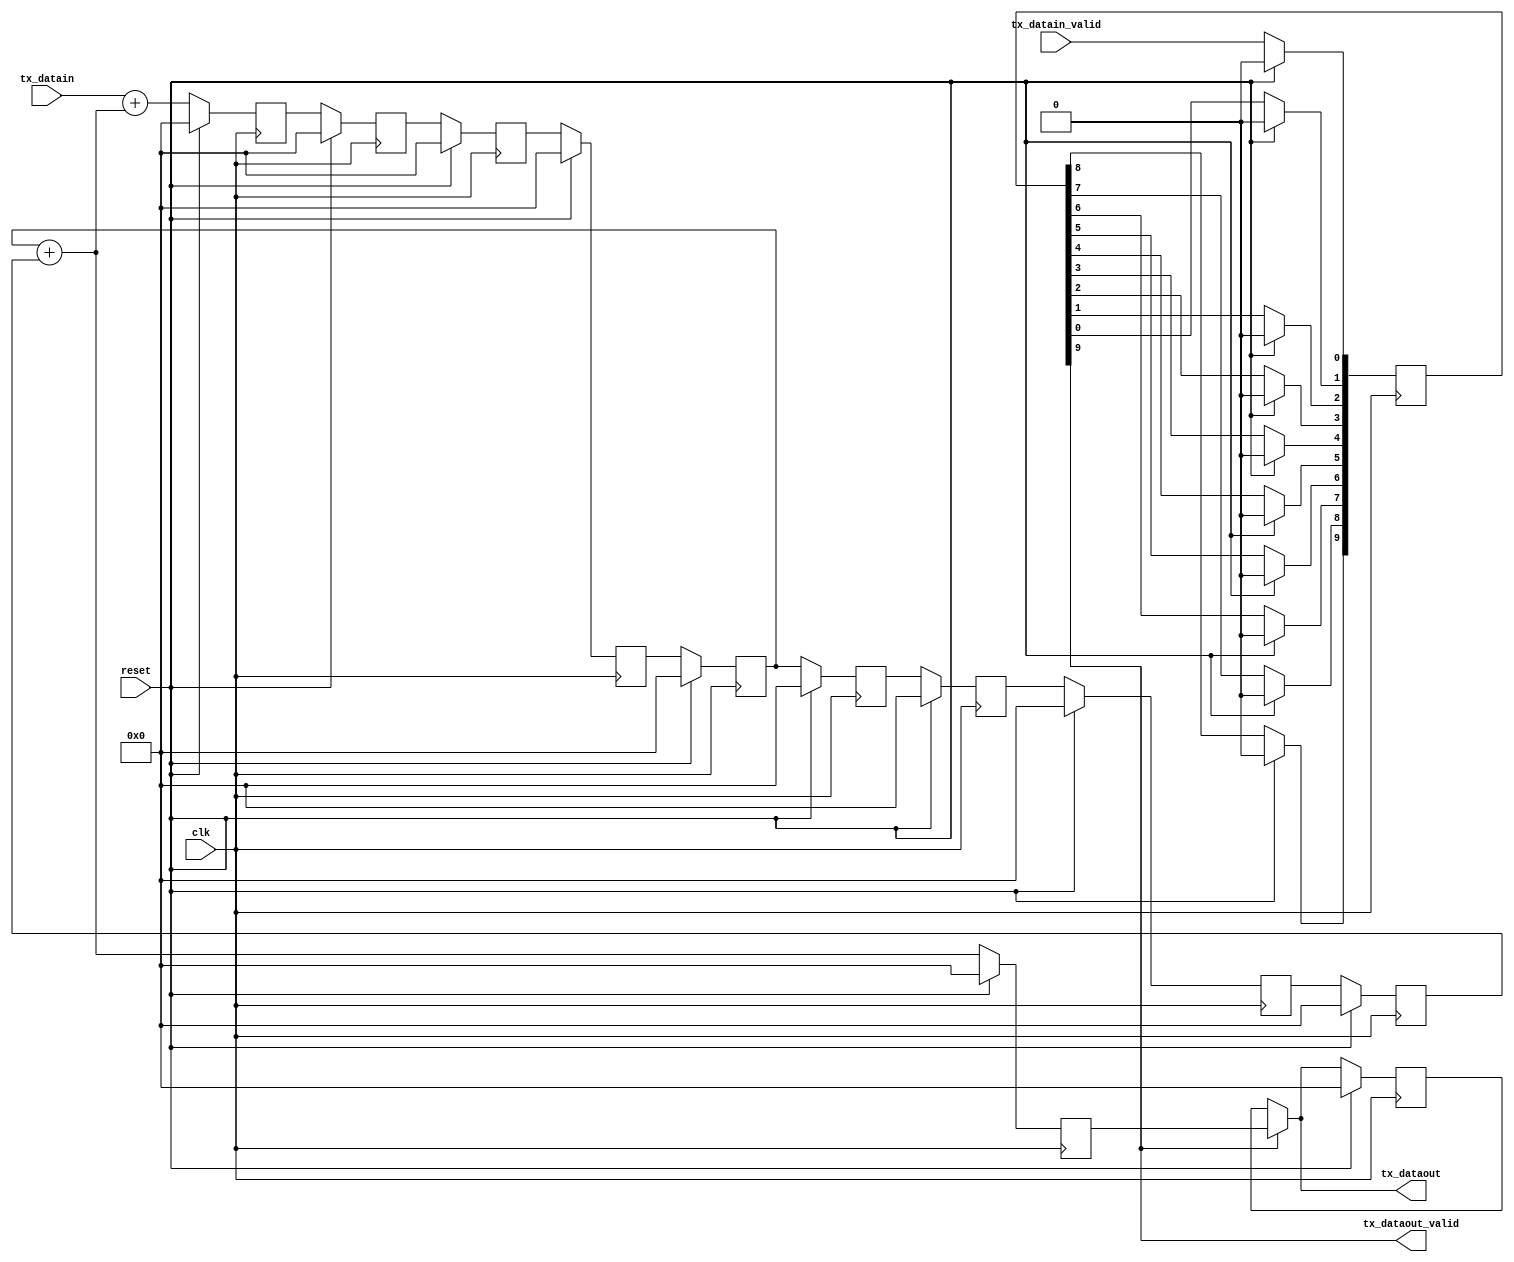
module custom_sdi_tx (
	input clk,
	input reset,
	input [9:0] tx_datain,
	input tx_datain_valid,
	output [9:0] tx_dataout,
	output tx_dataout_valid
	);

	reg [9:0] shift_reg [0:8];
	reg [9:0] single_reg = 10'h0;
	reg [9:0] valid_reg = 10'h0;
	reg [9:0] output_reg = 10'h0;
	wire [9:0] sum_shift, sum_single, sum_input;
	integer i;
	
	initial begin
		single_reg = 10'h0;
		valid_reg = 10'h0;
		output_reg = 10'h0;
		for (i = 0; i < 9; i = i + 1)
			shift_reg[i] <= 10'h0;
	end
	
	always @(posedge clk) begin
		if (reset) begin
			single_reg = 10'h0;
			valid_reg = 10'h0;
			output_reg <= 10'h0;
			for (i = 0; i < 9; i = i + 1)
				shift_reg[i] <= 10'h0;
		end
		else begin
			single_reg <= sum_shift;
			valid_reg[0] <= tx_datain_valid;
			shift_reg[0] <= sum_input;
			if (tx_dataout_valid)
				output_reg <= single_reg;
			for (i = 1; i < 9; i = i + 1)
				shift_reg[i] <= shift_reg[i-1];
			for (i = 1; i < 10; i = i + 1)
				valid_reg[i] <= valid_reg[i-1];
		end
	end
	
	//assign sum_input = (tx_datain_valid) ? tx_datain + sum_shift : sum_shift;
	assign sum_input = tx_datain + sum_shift;
	assign sum_shift = shift_reg[4] + shift_reg[8];
	assign sum_single = shift_reg[8] + single_reg;
	
	assign tx_dataout = (tx_dataout_valid) ? single_reg : output_reg;
	assign tx_dataout_valid = valid_reg[9];
	
endmodule

module custom_sdi_rx (
	input clk,
	input reset,
	input [9:0] rx_datain,
	input rx_datain_valid,
	output [9:0] rx_dataout,
	output rx_dataout_valid
	);

	reg [9:0] shift_reg [0:8];
	reg [9:0] single_reg = 10'h0;
	reg [9:0] valid_reg = 10'h0;
	reg [9:0] output_reg = 10'h0;
	wire [9:0] sum_shift, sum_single, sum_input;
	integer i;
	
	initial begin
		single_reg = 10'h0;
		valid_reg = 10'h0;
		output_reg = 10'h0;
		for (i = 0; i < 9; i = i + 1)
			shift_reg[i] <= 10'h0;
	end
	
	always @(posedge clk) begin
		if (reset) begin
			single_reg = 10'h0;
			valid_reg = 10'h0;
			output_reg <= 10'h0;
			for (i = 0; i < 9; i = i + 1)
				shift_reg[i] <= 10'h0;
		end
		else begin
			single_reg <= sum_shift;
			valid_reg[0] <= rx_datain_valid;
			shift_reg[0] <= sum_input;
			if (rx_dataout_valid)
				output_reg <= sum_shift + shift_reg[8];
			for (i = 1; i < 9; i = i + 1)
				shift_reg[i] <= shift_reg[i-1];
			for (i = 1; i < 10; i = i + 1)
				valid_reg[i] <= valid_reg[i-1];
		end
	end
	
	//assign sum_input = (rx_datain_valid) ? rx_datain + sum_shift : sum_shift;
	assign sum_input = rx_datain + sum_single;
	assign sum_shift = shift_reg[4] + sum_input;
	assign sum_single = rx_datain;
	
	assign rx_dataout = (rx_dataout_valid) ? single_reg : output_reg;
	assign rx_dataout_valid = valid_reg[9];
	
endmodule